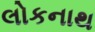
લોકનાથ